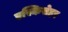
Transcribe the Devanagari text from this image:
एस्किसेहर